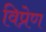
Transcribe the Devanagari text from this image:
विप्रेण